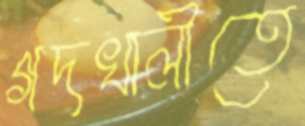
গদখালীতে